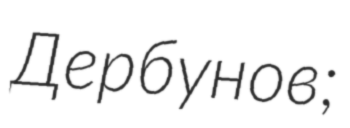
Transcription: Дербунов;